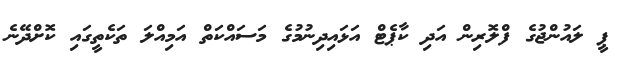
ޕީ ލައުންޖުގެ ފްލޮރިން އަދި ކާޕެޓް އަޅައިދިނުމުގެ މަސައްކަތް އަމިއްލަ ތަކެތީގައި ކޮށްދޭނެ